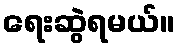
ရေးဆွဲရမယ်။